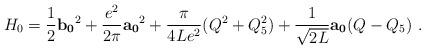
LaTeX: \begin{align*}H_{0}=\frac{1}{2}{\bf b_{0}}^{2}+\frac{e^{2}}{2\pi}{\bf a_{0}}^{2}+\frac{\pi}{4Le^{2}}(Q^{2}+Q_{5}^{2})+\frac{1}{\sqrt{2L}}{\bf a_{0}}(Q-Q_{5}) \ .\end{align*}